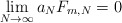
\begin{align*} \lim_{N\to\infty}a_NF_{m,N}=0 \end{align*}